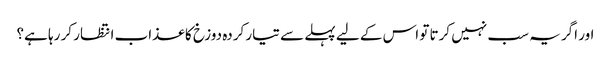
اور اگر یہ سب نہیں کرتا تو اس کے لیے پہلے سے تیار کردہ دوزخ کا عذاب انتظار کر رہا ہے؟